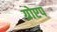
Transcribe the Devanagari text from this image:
ग्रोएप